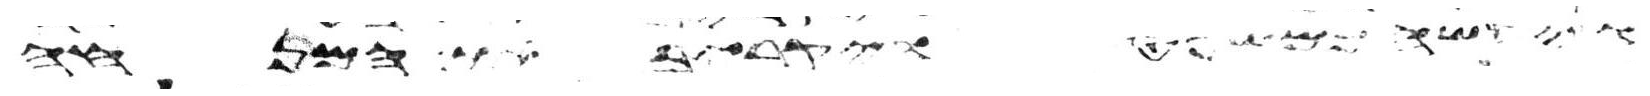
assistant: ויעשה כמשפט ויקרב את המנחה